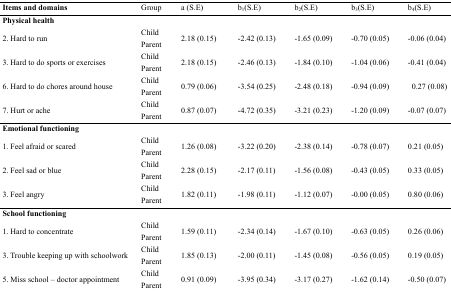
<table><thead><tr><td><b>Items and domains</b></td><td><b>Group</b></td><td><b>a (S.E)</b></td><td><b>b<sub>1</sub>(S.E)</b></td><td><b>b<sub>2</sub>(S.E)</b></td><td><b>b<sub>3</sub>(S.E)</b></td><td><b>b<sub>4</sub>(S.E)</b></td></tr></thead><tbody><tr><td><b>Physical health</b></td><td></td><td></td><td></td><td></td><td></td><td></td></tr><tr><td rowspan="2">2. Hard to run</td><td>Child</td><td rowspan="2">2.18 (0.15)</td><td rowspan="2">-2.42 (0.13)</td><td rowspan="2">-1.65 (0.09)</td><td rowspan="2">-0.70 (0.05)</td><td rowspan="2">-0.06 (0.04)</td></tr><tr><td>Parent</td></tr><tr><td rowspan="2">3. Hard to do sports or exercises</td><td>Child</td><td rowspan="2">2.18 (0.15)</td><td rowspan="2">-2.46 (0.13)</td><td rowspan="2">-1.84 (0.10)</td><td rowspan="2">-1.04 (0.06)</td><td rowspan="2">-0.41 (0.04)</td></tr><tr><td>Parent</td></tr><tr><td rowspan="2">6. Hard to do chores around house</td><td>Child</td><td rowspan="2">0.79 (0.06)</td><td rowspan="2">-3.54 (0.25)</td><td rowspan="2">-2.48 (0.18)</td><td rowspan="2">-0.94 (0.09)</td><td rowspan="2">0.27 (0.08)</td></tr><tr><td>Parent</td></tr><tr><td rowspan="2">7. Hurt or ache</td><td>Child</td><td rowspan="3">0.87 (0.07)</td><td rowspan="3">-4.72 (0.35)</td><td rowspan="3">-3.21 (0.23)</td><td rowspan="3">-1.20 (0.09)</td><td rowspan="3">-0.07 (0.07)</td></tr><tr><td>Parent</td></tr><tr><td><b>Emotional functioning</b></td><td></td><td></td><td></td><td></td><td></td><td></td></tr><tr><td rowspan="2">1. Feel afraid or scared</td><td>Child</td><td rowspan="2">1.26 (0.08)</td><td rowspan="2">-3.22 (0.20)</td><td rowspan="2">-2.38 (0.14)</td><td rowspan="2">-0.78 (0.07)</td><td rowspan="2">0.21 (0.05)</td></tr><tr><td>Parent</td></tr><tr><td rowspan="2">2. Feel sad or blue</td><td>Child</td><td rowspan="2">2.28 (0.15)</td><td rowspan="2">-2.17 (0.11)</td><td rowspan="2">-1.56 (0.08)</td><td rowspan="2">-0.43 (0.05)</td><td rowspan="2">0.33 (0.05)</td></tr><tr><td>Parent</td></tr><tr><td rowspan="2">3. Feel angry</td><td>Child</td><td rowspan="3">1.82 (0.11)</td><td rowspan="3">-1.98 (0.11)</td><td rowspan="3">-1.12 (0.07)</td><td rowspan="3">-0.00 (0.05)</td><td rowspan="3">0.80 (0.06)</td></tr><tr><td>Parent</td></tr><tr><td><b>School functioning</b></td><td></td><td></td><td></td><td></td><td></td><td></td></tr><tr><td rowspan="2">1. Hard to concentrate</td><td>Child</td><td rowspan="2">1.59 (0.11)</td><td rowspan="2">-2.34 (0.14)</td><td rowspan="2">-1.67 (0.10)</td><td rowspan="2">-0.63 (0.05)</td><td rowspan="2">0.26 (0.06)</td></tr><tr><td>Parent</td></tr><tr><td rowspan="2">3. Trouble keeping up with schoolwork</td><td>Child</td><td rowspan="2">1.85 (0.13)</td><td rowspan="2">-2.00 (0.11)</td><td rowspan="2">-1.45 (0.08)</td><td rowspan="2">-0.56 (0.05)</td><td rowspan="2">0.19 (0.05)</td></tr><tr><td>Parent</td></tr><tr><td rowspan="2">5. Miss school – doctor appointment</td><td>Child</td><td rowspan="2">0.91 (0.09)</td><td rowspan="2">-3.95 (0.34)</td><td rowspan="2">-3.17 (0.27)</td><td rowspan="2">-1.62 (0.14)</td><td rowspan="2">-0.50 (0.07)</td></tr><tr><td>Parent</td></tr></tbody></table>